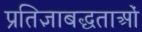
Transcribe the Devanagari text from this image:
प्रतिज्ञाबद्धताओं